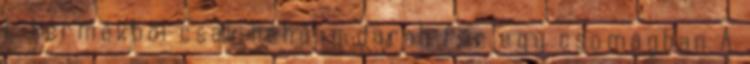
L termékből csak néhány darab fér egy csomagban A